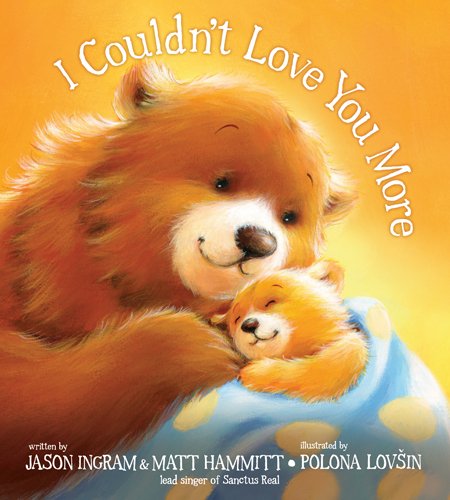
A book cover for I Couldn't Love You More; Jason Ingram; Children's Books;